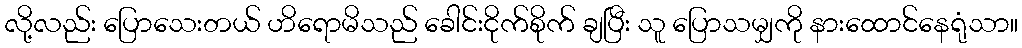
လို့လည်း ပြောသေးတယ် ဟိရောမိသည် ခေါင်းငိုက်စိုက် ချပြီး သူ ပြောသမျှကို နားထောင်နေရုံသာ။